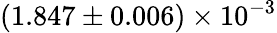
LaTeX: (1.847\pm 0.006)\times 10^{-3}